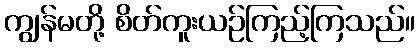
ကျွန်မတို့ စိတ်ကူးယဉ်ကြည့်ကြသည်။